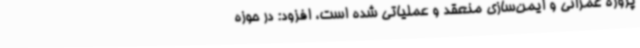
پروژه عمرانی و ایمن‌سازی منعقد و عملیاتی شده است، افزود: در حوزه